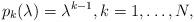
LaTeX: \begin{align*}p_k (\lambda) = \lambda^{k - 1},k=1,\ldots,N,\end{align*}